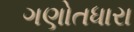
ગણોતધારા